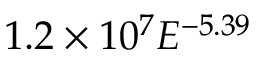
1 . 2 \times 1 0 ^ { 7 } E ^ { - 5 . 3 9 }